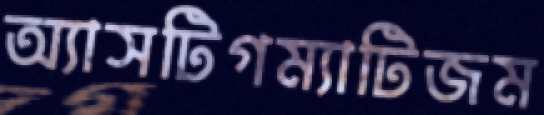
অ্যাসটিগম্যাটিজম